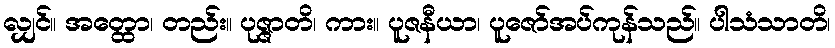
လျှင်။ အတ္ထော၊ တည်း။ ပုဇ္ဇာတိ၊ ကား။ ပူဇနီယာ၊ ပူဇော်အပ်ကုန်သည်။ ပါသံသာတိ၊